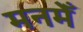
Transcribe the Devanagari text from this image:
मनमेँ